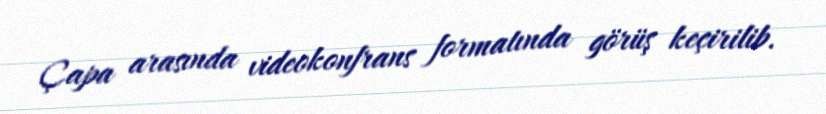
Çapa arasında videokonfrans formatında görüş keçirilib.